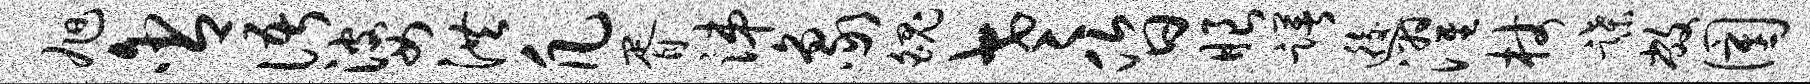
旭含语婆洪凡胥涕象魄老昏眼躇逅濯杖蹀敝圉